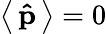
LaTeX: \left\langle\, \mathbf{\hat{p}}\, \right\rangle=0